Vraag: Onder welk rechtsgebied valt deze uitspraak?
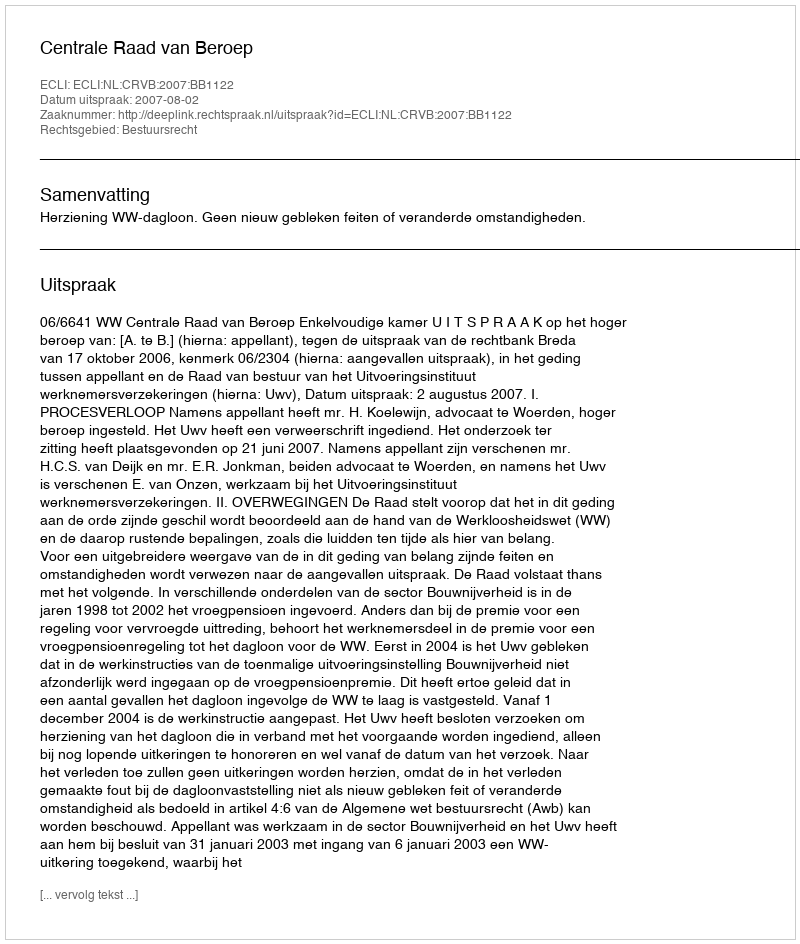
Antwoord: Bestuursrecht